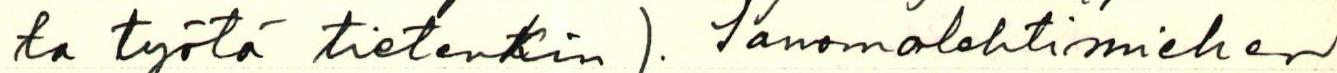
ta työtä tietenkin). Sanomalehtimiehen